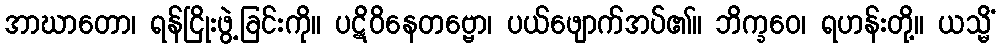
အာဃာတော၊ ရန်ငြိုးဖွဲ့ခြင်းကို။ ပဋိဝိနေတဗ္ဗော၊ ပယ်ဖျောက်အပ်၏။ ဘိက္ခဝေ၊ ရဟန်းတို့။ ယသ္မိံ